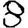
Digit: 8